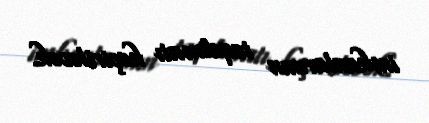
imkanlarının təqdimatı keçiriləcək.